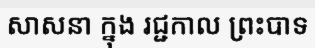
សាសនា ក្នុង រជ្ជកាល ព្រះបាទ